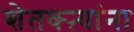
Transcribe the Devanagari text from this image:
शेतक्ऱ्यांना